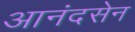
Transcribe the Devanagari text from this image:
आनंदसेन